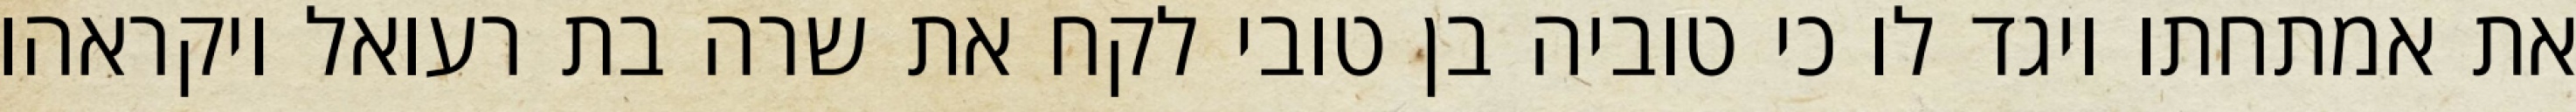
את אמתחתו ויגד לו כי טוביה בן טובי לקח את שרה בת רעואל ויקראהו